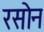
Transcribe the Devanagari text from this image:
रसोन